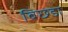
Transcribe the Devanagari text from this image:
बिछडा